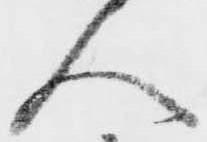
人